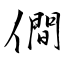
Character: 僴